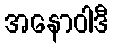
အနောဝါဒီ